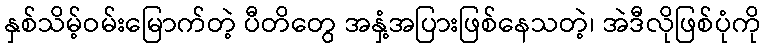
နှစ်သိမ့်ဝမ်းမြောက်တဲ့ ပီတိတွေ အနှံ့အပြားဖြစ်နေသတဲ့၊ အဲဒီလိုဖြစ်ပုံကို